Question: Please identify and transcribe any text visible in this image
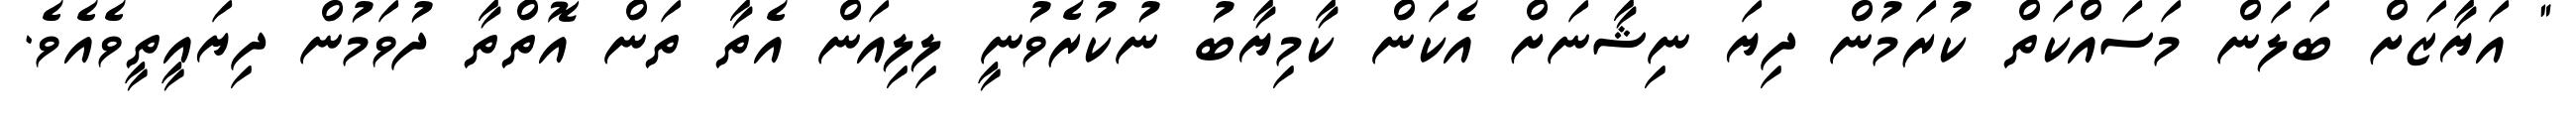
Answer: " އަޔާޒަށް ބަލަން މަސައްކަތް ކުރަމުން ދިޔަ ނިޝާނަށް އެކަން ކާމިޔާބު ނުކުރެވުނީ ލިލިއަން އެތާ ތަން އޮތްތާ ދުވަމުން ދިޔައީތީވެއެވެ.